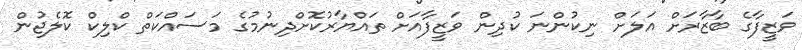
ވަޒީފާގެ ބާޒާރަށް އަލަށް ނިކުންނަ ކުދިން ވަޒީފާއަށް ތައްޔާރުކޮށްދިނުމުގެ މަސައްކަތް ކްލިކް ކޮލެޖުން